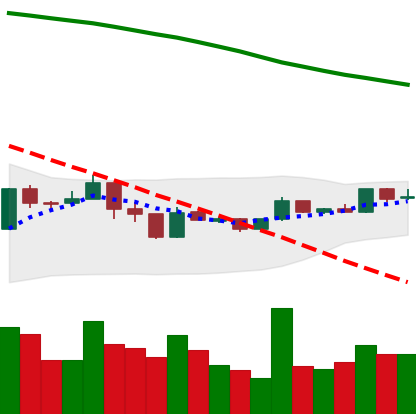
Ticker: XMR-USD
Chart end date: 2019-01-08
Forward return: -18.897%
Label: down_7plus